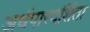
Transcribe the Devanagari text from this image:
अर्धपारदर्शिता